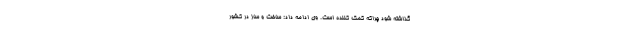
گذاشته شود چراکه کمک کننده است. وی ادامه داد: ساخت و ساز در کشور